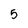
Character: 5